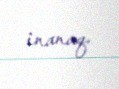
inanaq.